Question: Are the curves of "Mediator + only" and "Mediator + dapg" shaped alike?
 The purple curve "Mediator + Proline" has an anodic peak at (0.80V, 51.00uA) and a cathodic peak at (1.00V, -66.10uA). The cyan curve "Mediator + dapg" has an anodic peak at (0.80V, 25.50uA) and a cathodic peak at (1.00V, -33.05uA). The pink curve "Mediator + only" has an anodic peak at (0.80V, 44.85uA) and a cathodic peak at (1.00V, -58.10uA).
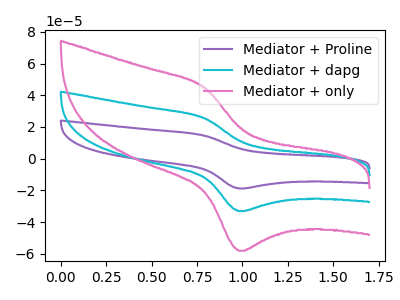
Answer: <think>All the peaks in "Mediator + only" have a peak in "Mediator + dapg" at the same potential. Every peak in "Mediator + only" is higher than every peak in "Mediator + dapg".
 </think>
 <answer>"Mediator + only" and "Mediator + dapg" are similar in shape.</answer>
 <eval>same_shape</eval>